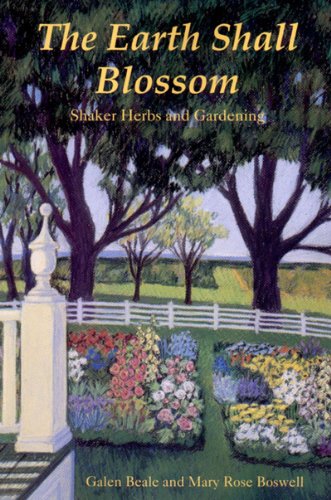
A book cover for The Earth Shall Blossom: Shaker Herbs and Gardening; Galen Beale; Christian Books & Bibles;